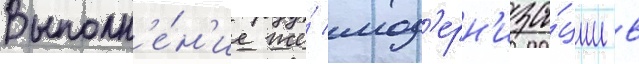
Выполн'е́н'ие же́ мод'ерн'иза́ции в